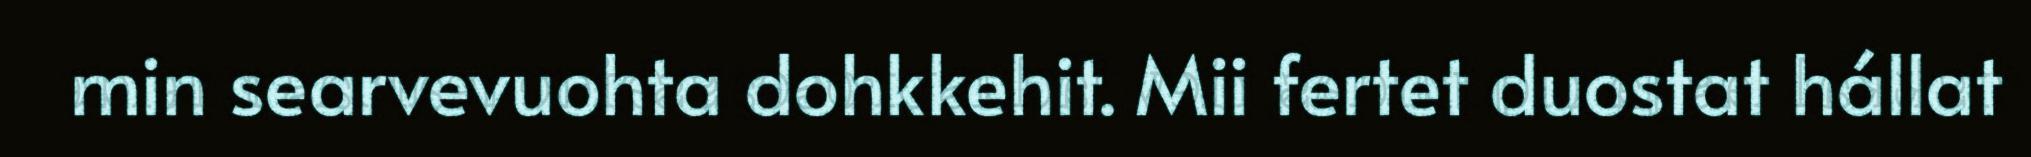
min searvevuohta dohkkehit. Mii fertet duostat hállat